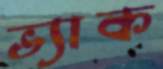
ভ্যাক